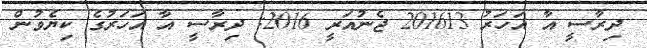
ދިރާސީ އާ އަހަރު 201613 ޖެނުއަރީ 2016: ދިރާސީ އާ އަހަރުގެ ކިޔެވުން